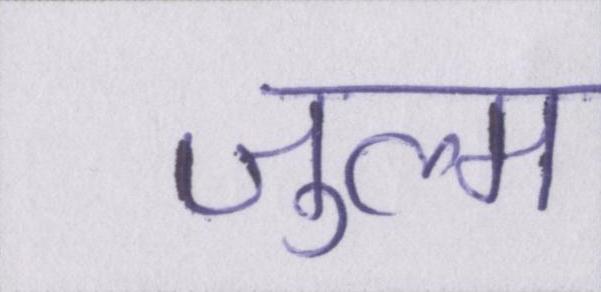
ज़ुल्म